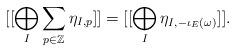
LaTeX: \begin{align*} [[\bigoplus_{I} \sum_{p \in \mathbb{Z}} \eta_{I,p}]] = [[\bigoplus_{I} \eta_{I, -\iota_{E}(\omega)}]].\end{align*}